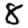
Digit: 8